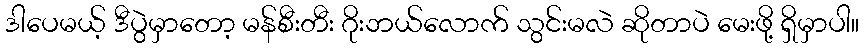
ဒါပေမယ့် ဒီပွဲမှာတော့ မန်စီးတီး ဂိုးဘယ်လောက် သွင်းမလဲ ဆိုတာပဲ မေးဖို့ ရှိမှာပါ။